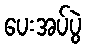
ပေးအပ်ပွဲ